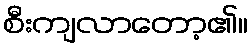
စီးကျလာတော့၏။